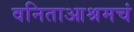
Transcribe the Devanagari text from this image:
वनिताआश्रमचं